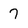
Character: 7